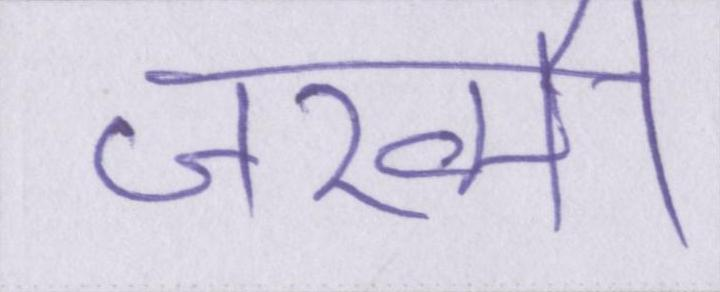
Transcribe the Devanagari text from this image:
जख्मी